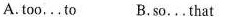
A.too,..to B.so...that